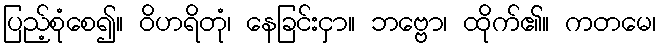
ပြည့်စုံစေ၍။ ဝိဟရိတုံ၊ နေခြင်းငှာ။ ဘဗ္ဗော၊ ထိုက်၏။ ကတမေ၊